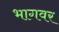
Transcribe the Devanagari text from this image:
भागवर